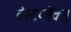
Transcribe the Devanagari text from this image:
वेस्टप्लेक्स